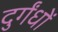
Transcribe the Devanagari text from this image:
दुर्गंधों